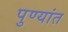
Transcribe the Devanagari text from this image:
पुण्यांत